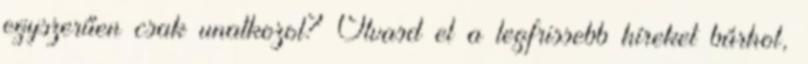
egyszerűen csak unatkozol? Olvasd el a legfrissebb híreket bárhol,